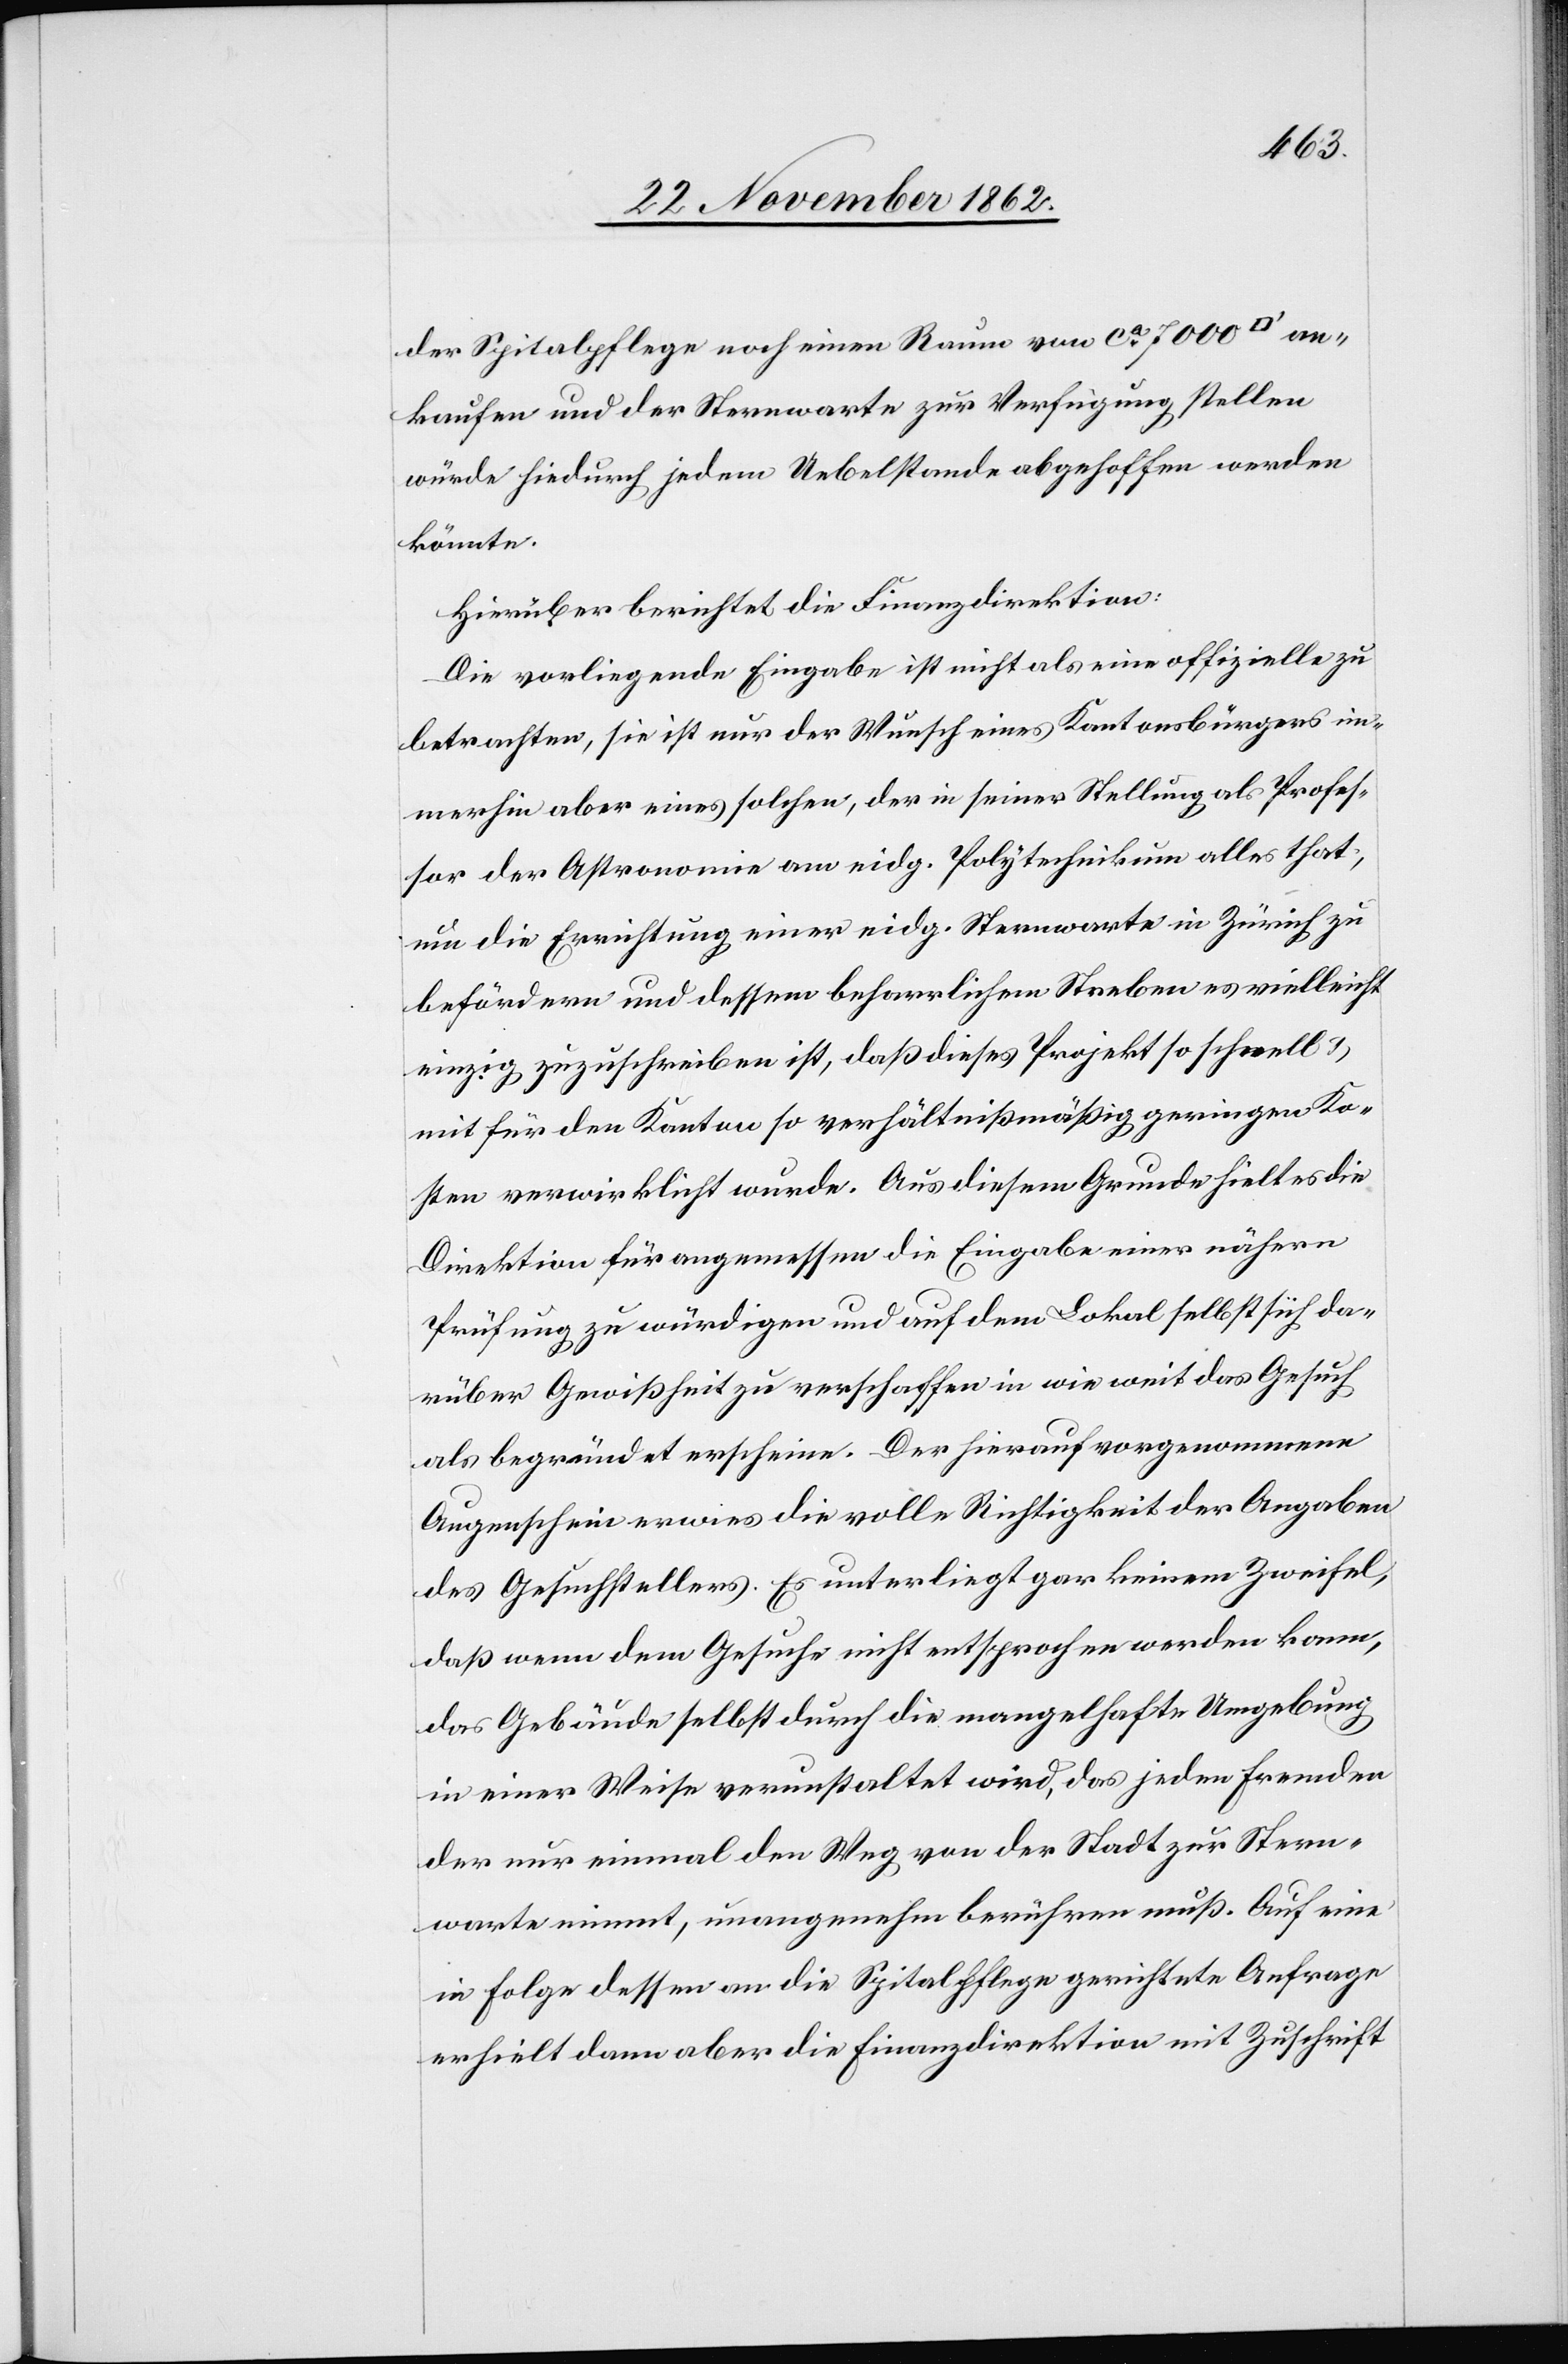
der Spitalpflege noch einen Raum von ca 7000
ankaufen und der Sternwarte zu Verfügung stellen
würde hiedurch jedem Uebelstande abgeholfen werden
könnte.
Hierüber berichtet die Finanzdirektion:
Die vorliegende Eingabe ist nicht als eine offizielle zu
betrachten, sie ist nur der Wunsch eines Kantonsbürgers im¬
merhin aber eines solchen, der in seiner Stellung als Profes¬
sor der Astronomie am eidg. Polytechnikum alles that,
um die Errichtung einer eidg. Sternwarte in Zürich zu
befördern und dessen beharrliches Streben es vielleicht
einzig zuzuschreiben ist, daß dieses Projekt so schnell u.
mit für den Kanton so verhältnißmäßig geringen Ko¬
sten verwirklicht wurde. Aus diesem Grunde hielt es die
Direktion für angemessen die Eingabe einer nähern
Prüfung zu würdigen und auf dem Lokal selbst sich da¬
rüber Gewißheit zu verschaffen in wie weit das Gesuch
als begründet erscheine. Der hierauf vorgenommene
Augenschein erwies die volle Richtigkeit der Angaben
des Gesuchstellers. Es unterliegt gar keinem Zweifel,
daß wenn dem Gesuche nicht entsprochen werden kann,
das Gebäude selbst durch die mangelhafte Umgebung
in einer Weise verunstaltet wird, das jeden fremden
der nur einmal den Weg von der Stadt zur Stern¬
warte nimmt, unangenehm berühren muß. Auf eine
in Folge dessen an die Spitalpflege gerichtete Anfrage
erhielt dann aber die Finanzdirektion mit Zuschrift